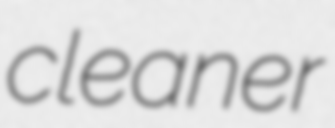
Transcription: cleaner